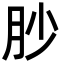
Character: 䏚